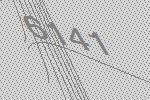
6141